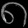
Digit: ၈